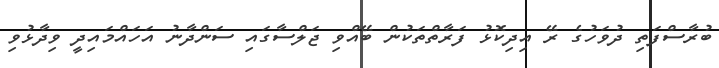
ބުރާސްފަތި ދުވަހުގެ ރޭ އިދިކޮޅު ފަރާތްތަކުން ބޭއްވި ޖަލްސާގައި ސަންދާނު އަހައްމައިދީ ވިދާޅުވި